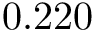
0 . 2 2 0